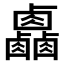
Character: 𠨋